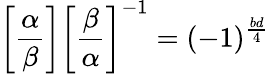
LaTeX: \left[{\frac{\alpha}{\beta}}\right]\left[{\frac{\beta}{\alpha}}\right]^{-1}=(-1)^{\frac{bd}{4}}